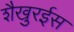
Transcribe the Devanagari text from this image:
शैखुरईस